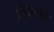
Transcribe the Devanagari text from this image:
शिपयार्डने